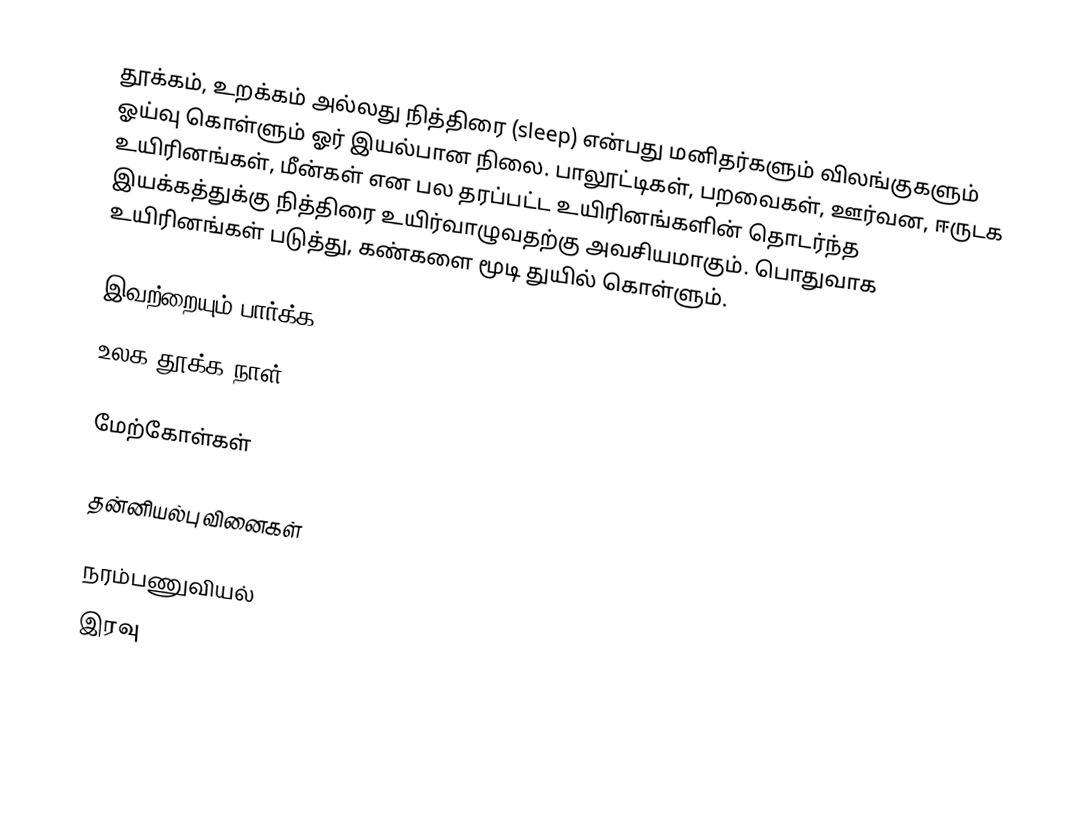
தூக்கம், உறக்கம் அல்லது நித்திரை (sleep) என்பது மனிதர்களும் விலங்குகளும் ஓய்வு கொள்ளும் ஓர் இயல்பான நிலை. பாலூட்டிகள், பறவைகள், ஊர்வன, ஈருடக உயிரினங்கள், மீன்கள் என பல தரப்பட்ட உயிரினங்களின் தொடர்ந்த இயக்கத்துக்கு நித்திரை உயிர்வாழுவதற்கு அவசியமாகும். பொதுவாக உயிரினங்கள் படுத்து, கண்களை மூடி துயில் கொள்ளும்.

இவற்றையும் பார்க்க
உலக தூக்க நாள்

மேற்கோள்கள்

தன்னியல்பு வினைகள்

நரம்பணுவியல்
இரவு